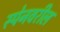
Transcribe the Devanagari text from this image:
स्पेनवरील